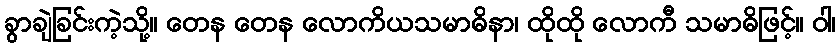
ခွာချဲခြင်းကဲ့သို့။ တေန တေန လောကိယသမာဓိနာ၊ ထိုထို လောကီ သမာဓိဖြင့်။ ဝါ၊